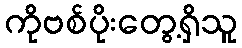
ကိုဗစ်ပိုးတွေ့ရှိသူ